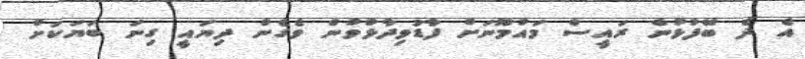
އެ ދެ ބޭފުޅުން ރައީސް މައުމޫނަށް ފާޑުވިދާޅުވުން ވެގެން ދިޔައީ ގިނަ ބަޔަކަށް